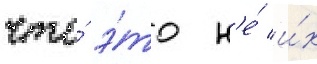
что́ э́то н'е́ и́х